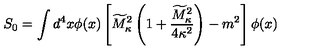
S _ { 0 } = \int d ^ { 4 } x \phi ( x ) \left[ \widetilde { M } _ { \kappa } ^ { 2 } \left( 1 + { \frac { \widetilde { M } _ { \kappa } ^ { 2 } } { 4 \kappa ^ { 2 } } } \right) - m ^ { 2 } \right] \phi ( x )